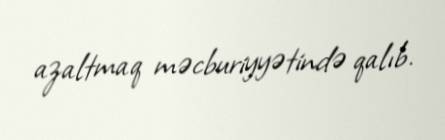
azaltmaq məcburiyyətində qalıb.